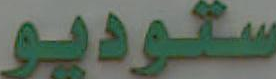
ستوديو